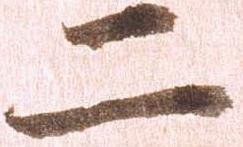
二